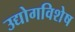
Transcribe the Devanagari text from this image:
उद्योगविशेष